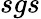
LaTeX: sgs